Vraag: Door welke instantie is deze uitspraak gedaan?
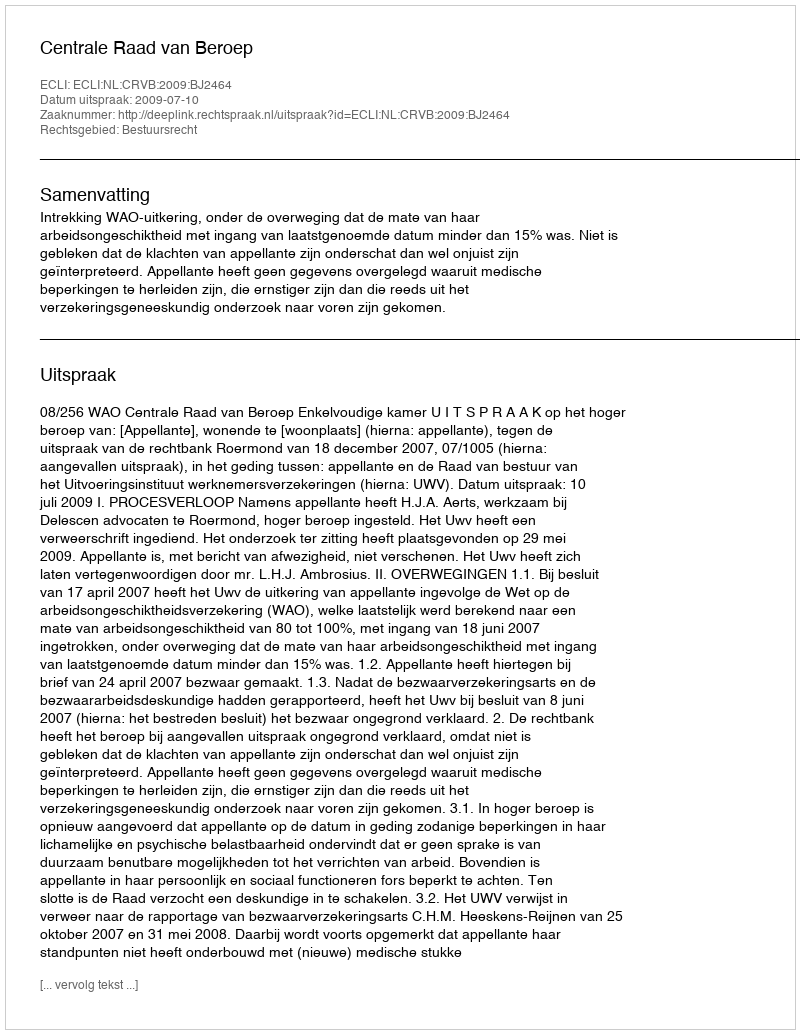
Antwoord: Centrale Raad van Beroep